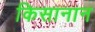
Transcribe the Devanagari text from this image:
किसानान